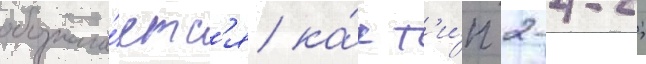
обознача́етс'я ка́к т'и́п 2-4-2;